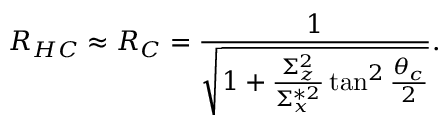
R _ { H C } \approx R _ { C } = \frac { 1 } { \sqrt { 1 + \frac { \Sigma _ { z } ^ { 2 } } { \Sigma _ { x } ^ { * 2 } } \tan ^ { 2 } \frac { \theta _ { c } } { 2 } } } .